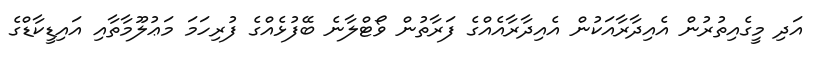
އަދި މީގެއިތުރުން އެއިދާރާއަކުން އެއިދާރާއެއްގެ ފަރާތުން ވޯޓްލާނެ ބޭފުޅެއްގެ ފުރިހަމަ މަޢުލޫމާތާއި އައިޑީކާޑްގެ